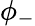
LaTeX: \phi_{-}